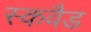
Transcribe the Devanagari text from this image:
स्कवैड